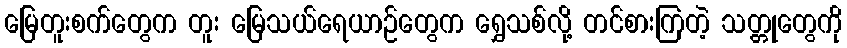
မြေတူးစက်တွေက တူး မြေသယ်ရေယာဉ်တွေက ရွှေသစ်လို့ တင်စားကြတဲ့ သတ္တုတွေကို